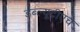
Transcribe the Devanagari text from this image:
डब्ल्यूटीएचे